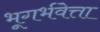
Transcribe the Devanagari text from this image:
भूगर्भवेत्ता